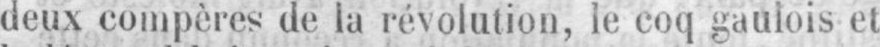
deux compères de la révolution, le coq gaulois et